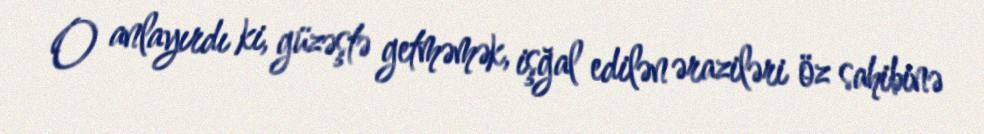
O anlayırdı ki, güzəştə getməmək, işğal edilən əraziləri öz sahibinə